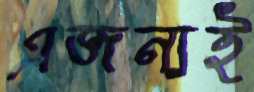
এজন্যই